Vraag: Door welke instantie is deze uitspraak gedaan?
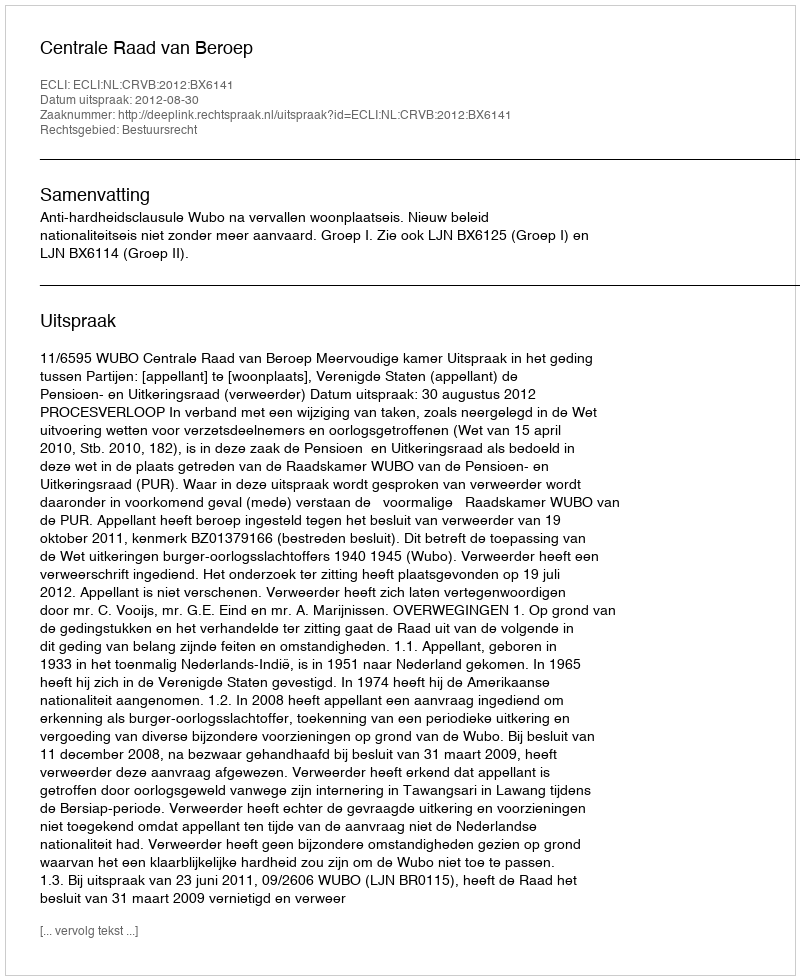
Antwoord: Centrale Raad van Beroep